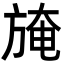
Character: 𣃾